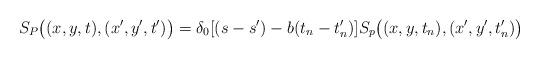
LaTeX: \begin{align*}S_P\big((x,y,t),(x',y',t')\big) = \delta_0[(s-s') - b(t_n-t_n')] S_p\big((x,y,t_n),(x',y',t_n')\big)\end{align*}